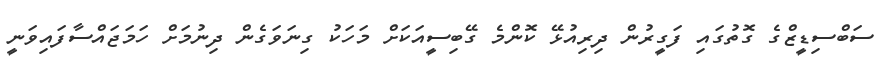
ސަބްސިޑީޒްގެ ގޮތުގައި ފަގީރުން ދިރިއުޅޭ ކޮންމެ ގޭބިސީއަކަށް މަހަކު ގިނަވަގެން ދިނުމަށް ހަމަޖައްސާފައިވަނީ